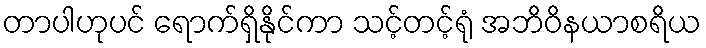
တာပါဟုပင် ရောက်ရှိနိုင်ကာ သင့်တင့်ရုံ အဘိဝိနယာစရိယ